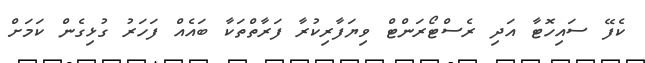
ކެފޭ ސައިހޮޓާ އަދި ރެސްޓޯރަންޓް ވިޔަފާރިކުރާ ފަރާތްތަކާ ބައެއް ފަހަރު ގުޅިގެން ކަމަށް